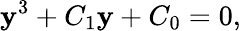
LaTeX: \mathbf{y}^{3}+C_{1}\mathbf{y}+C_{0}=0,